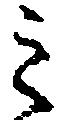
之